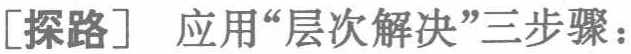
[探路] 应用“层次解决”三步骤：